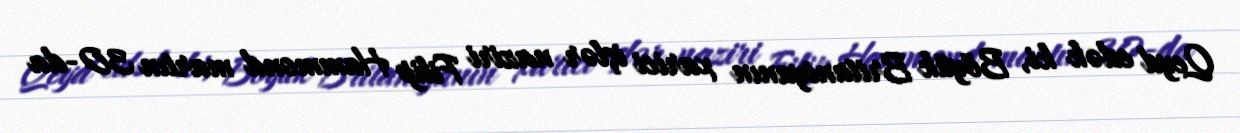
Qeyd edək ki, Böyük Britaniyanın xarici işlər naziri Filip Hammond martın 30-da